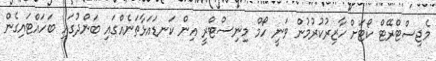
މެޖިސްޓްރޭޓް ކޯޓަށް ހާޒިރުކުރުމުން ވަނީ ހޯމް މިނިސްޓްރީ އިން ކަނޑައަޅާތަނެއްގައި ބަންދުގައި ބަހައްޓައިގެން